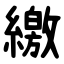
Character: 繳